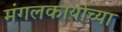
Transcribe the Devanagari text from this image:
मंगलकार्याच्या